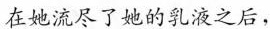
在她流尽了她的乳液之后，